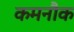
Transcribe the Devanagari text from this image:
कमनौक